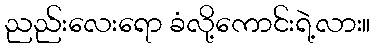
ညည်းလေးရော ခံလို့ကောင်းရဲ့လား။